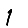
Digit: 1